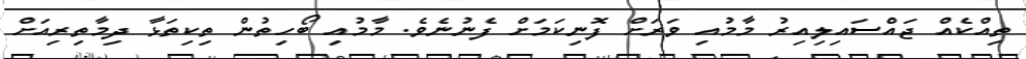
ތިއްކެއް ޖައްސައިލިއިރު މާމުއި ވަރަށް ފޮނިކަމަށް ފެނުނެވެ. މާމުއި ބޯހިތުން ތިކިތަޅާ ދިމާތިރިއަށް